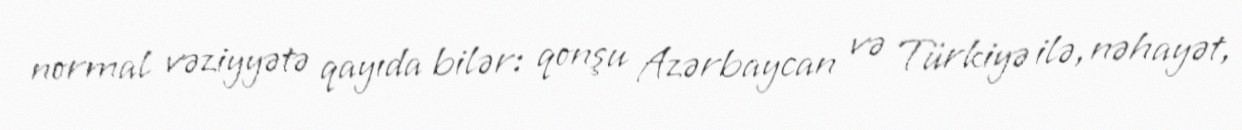
normal vəziyyətə qayıda bilər: qonşu Azərbaycan və Türkiyə ilə, nəhayət,